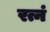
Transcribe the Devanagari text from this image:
रत्नं